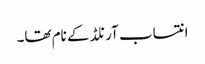
انتساب آرنلڈ کے نام تھا۔